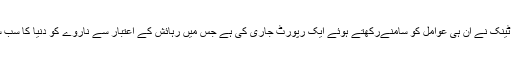
اس لئے دنیا کے ممالک کا معیار جانچنے کیلئے لندن کے نجی فنڈڈ تھنک ٹینک نے ان ہی عوامل کو سامنےرکھتے ہوئے ایک رپورٹ جاری کی ہے جس میں رہائش کے اعتبار سے ناروے کو دنیا کا سب سے دلکش اور معیار زندگی کے حوالے سے بہترین ملک قرار دیا گیا ہے۔